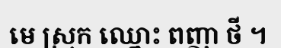
មេ ស្រុក ឈ្នោះ ពញា ថី ។